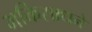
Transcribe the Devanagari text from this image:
भक्तिसाधने